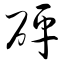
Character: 砰